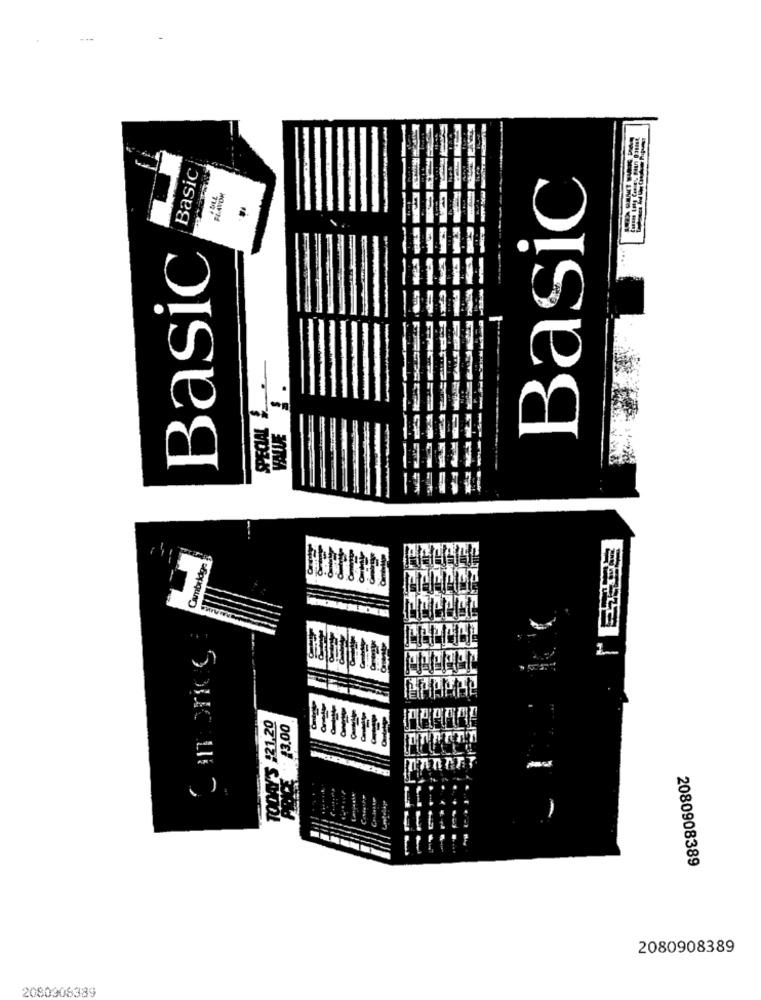
Basic
Basic
....
Basic
SPECIAL
VALUE
Cunbridge
TODAY'S £21,20
DICE 3.00
2080908389
2080908389
2080908389